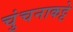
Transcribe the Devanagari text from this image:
चुंचनाकट्टे